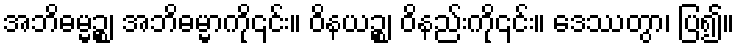
အဘိဓမ္မဉ္စ၊ အဘိဓမ္မာကို၎င်း။ ဝိနယဉ္စ၊ ဝိနည်းကို၎င်း။ ဒေဿတွာ၊ ပြ၍။